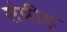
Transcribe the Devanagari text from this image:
संपीड़